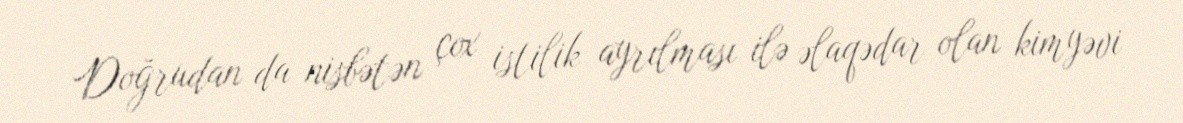
Doğrudan da nisbətən çox istilik ayrılması ilə əlaqədar olan kimyəvi